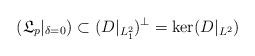
LaTeX: \begin{align*}(\mathfrak{L}_p|_{\delta=0})\subset (D|_{L^2_1})^{\perp}= \ker(D|_{L^2})\end{align*}